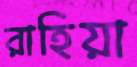
রাহিয়া